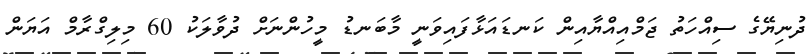
ދުނިޔޭގެ ސިއްހަތު ޖަމްއިއްޔާއިން ކަނޑައަޅާފައިވަނީ މާބަނޑު މީހުންނަށް ދުވާލަކު 60 މިލިގްރާމް އަޔަން